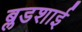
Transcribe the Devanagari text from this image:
ब्लडशाई